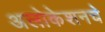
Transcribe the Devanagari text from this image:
अलोकेशनचे